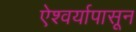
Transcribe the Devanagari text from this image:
ऐश्वर्यापासून